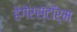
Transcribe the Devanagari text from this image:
हेगेरस्टॉर्म